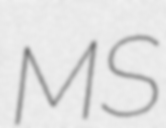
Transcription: MS